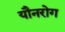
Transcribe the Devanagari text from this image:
यौनरोग